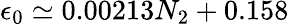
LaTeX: \epsilon_{0}\simeq 0.00213N_{2}+0.158